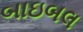
બાઇબલ